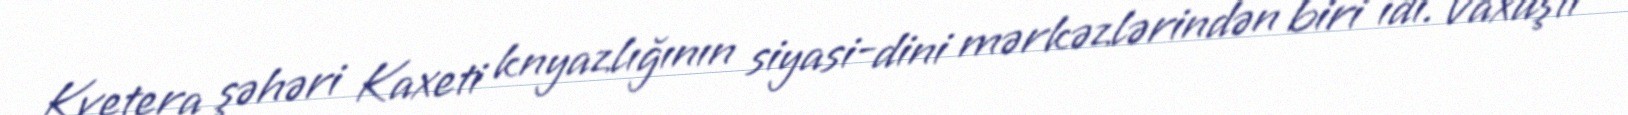
Kvetera şəhəri Kaxeti knyazlığının siyasi-dini mərkəzlərindən biri idi. Vaxuşti